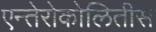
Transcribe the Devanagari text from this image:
एन्तेरोकोलितीस